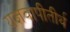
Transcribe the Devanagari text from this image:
यज्ञवापीतीर्थ